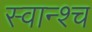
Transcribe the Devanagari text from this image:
स्वान्श्च